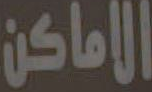
الاماكن